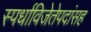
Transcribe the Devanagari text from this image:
स्पर्धाविजेतेपदांसह